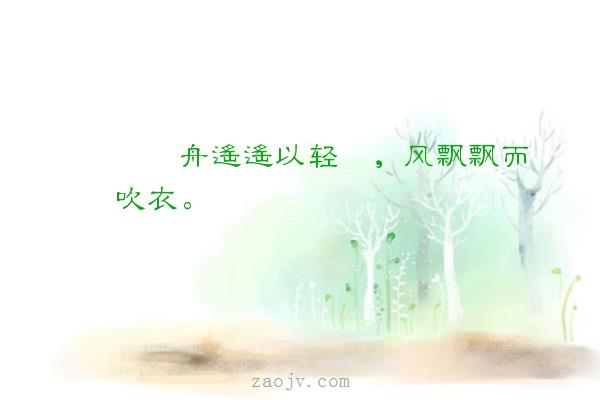
舟遥遥以轻飏，风飘飘而吹衣。